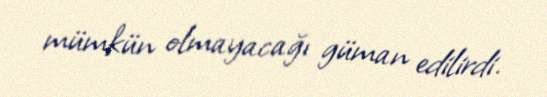
mümkün olmayacağı güman edilirdi.